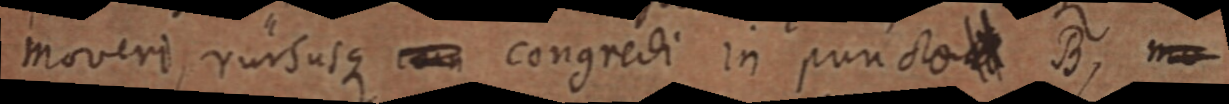
moveri, rursusque cun congredi in punctum B, mo